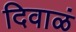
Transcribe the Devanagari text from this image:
दिवाळं